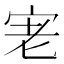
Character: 𭓮